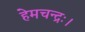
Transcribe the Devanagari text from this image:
हेमचन्द्रः।